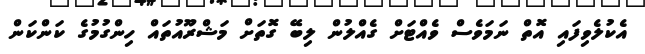
އެކުލެވިފައި އޮތް ނަމަވެސް ވެއްޓަށް ގެއްލުން ލިބޭ ގޮތަށް މަޝްރޫއުތައް ހިންގުމުގެ ކަންކަން